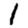
Digit: 1